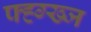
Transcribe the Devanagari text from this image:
फ्ह्ग्ख्ज